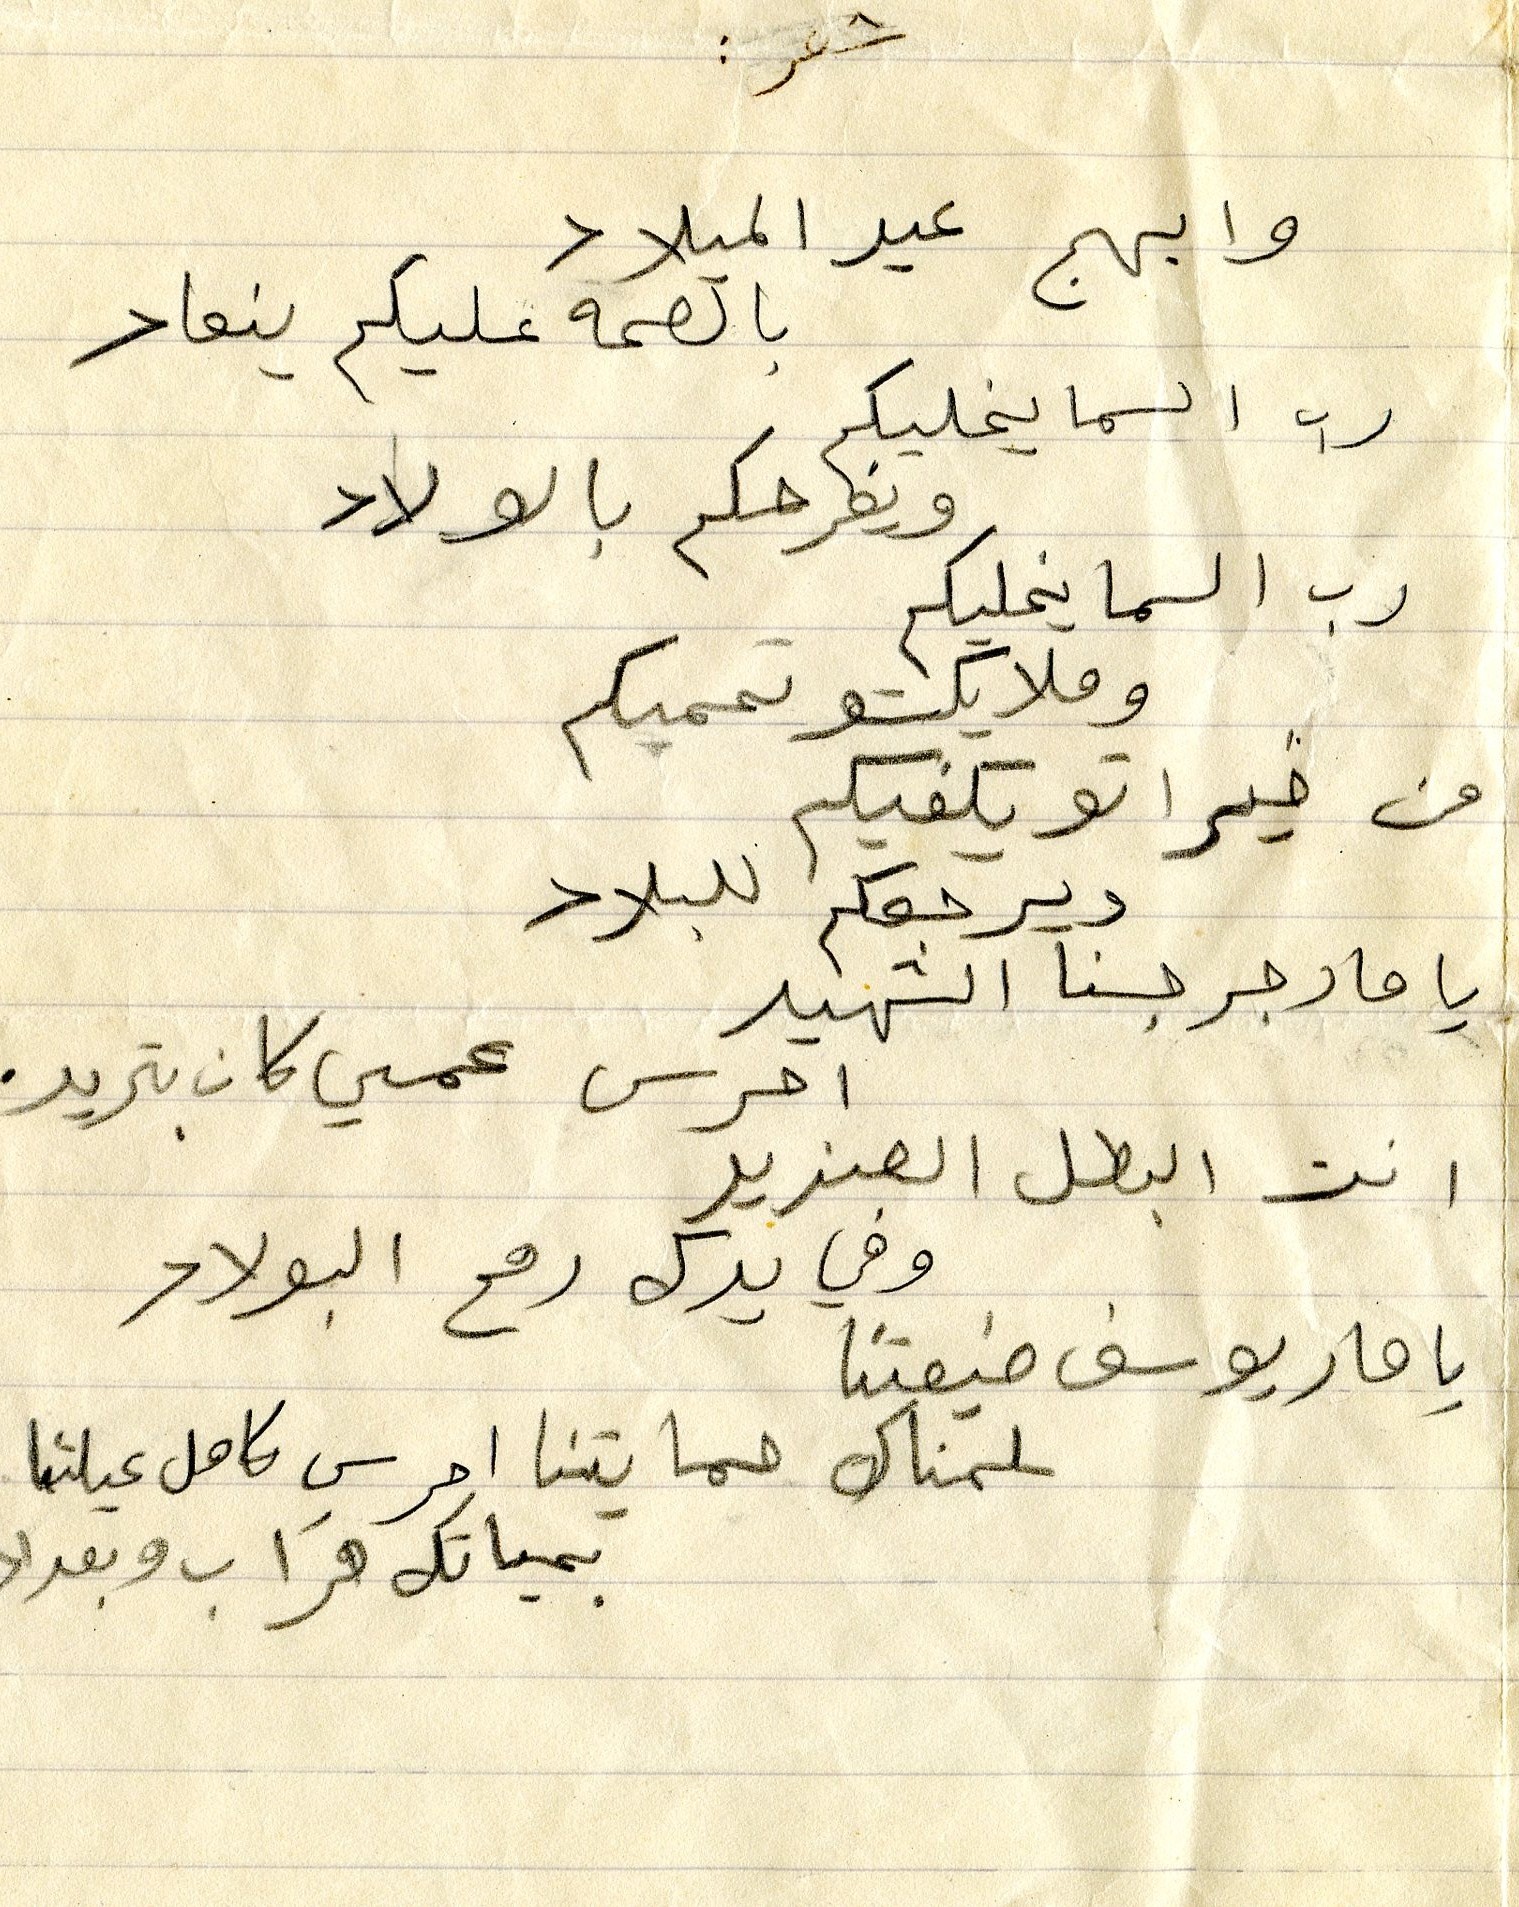
بالصحة عليكم ينعاد
وابهج عيد الميلاد
رب السما يخليكم
ويفرحكم بالولاد
من خيرا تويكفيكم
رب السما يخليكم
شعر :
وملايكتو تحميكم
ويرجعكم للبلاد
يا مار جرجسنا الشهيد
احرس عمي كان بتريد
انت البطل الصنديد
وفي يدك رمح البولاد
يا مار يوسف ضيعتنا
سلمناك حمايتنا احرس كامل عيلتنا
بحياتك قراب وبعداد